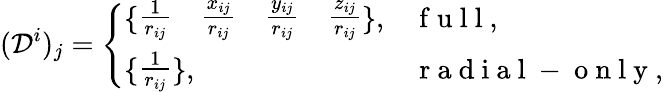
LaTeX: (\mathcal{D}^{i})_{j}=\left\{ \begin{array}{ll}{\{ \begin{array}{cccc}{\frac{1}{r_{ij}}}&{\frac{x_{ij}}{r_{ij}}}&{\frac{y_{ij}}{r_{ij}}}&{\frac{z_{ij}}{r_{ij}}}\end{array}\} ,}&{\mathrm{~f~u~l~l~},}\\ {\{ \begin{array}{c}{\frac{1}{r_{ij}}}\end{array}\} ,}&{\mathrm{~r~a~d~i~a~l~-~o~n~l~y~},}\end{array}\right.